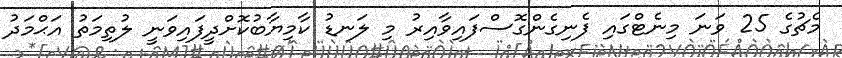
މެޗުގެ 25 ވަނަ މިނެޓްގައި ފެނިގެންގޮސްފައިވާއިރު މި ލަނޑު ކާމިޔާބުކޮށްދީފައިވަނީ ލުތިމަތު އަޙްމަދު